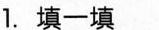
1.填一填